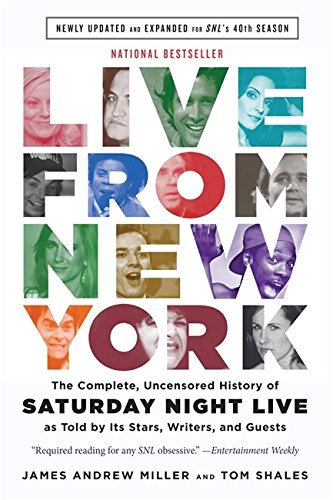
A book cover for Live From New York: The Complete, Uncensored History of Saturday Night Live as Told by Its Stars, Writers, and Guests; James Andrew Miller; Humor & Entertainment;